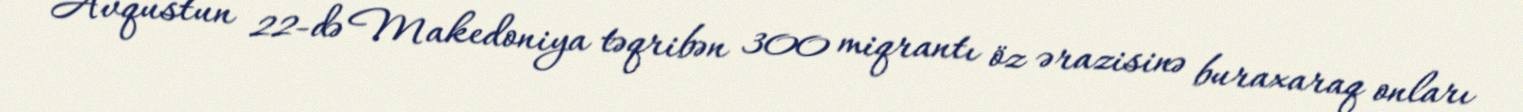
Avqustun 22-də Makedoniya təqribən 300 miqrantı öz ərazisinə buraxaraq onları